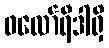
ဖလော်ရီဒါရှိ